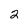
Character: 2